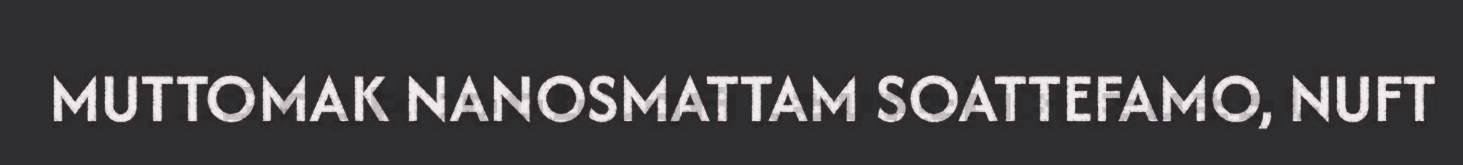
MUTTOMAK NANOSMATTAM SOATTEFAMO, NUFT